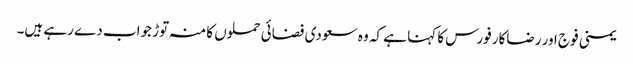
یمنی فوج اور رضاکار فورس کا کہنا ہے کہ وہ سعودی فضائی حملوں کا منہ توڑ جواب دے رہے ہیں۔